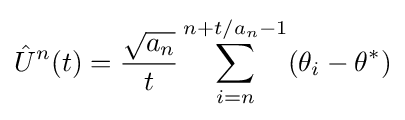
{\hat {U}}^{n}(t)={\frac {\sqrt {a_{n}}}{t}}\sum _{i=n}^{n+t/a_{n}-1}(\theta _{i}-\theta ^{*})